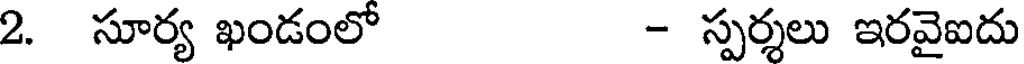
2. సూర్య ఖండంలో - స్పర్శలు ఇరవైఐదు